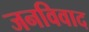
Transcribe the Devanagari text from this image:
जनविवाद